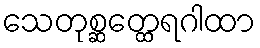
သေတုစ္ဆတ္ထေရဂါထာ